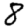
Digit: 8